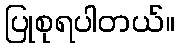
ပြုစုရပါတယ်။